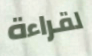
لقراءة